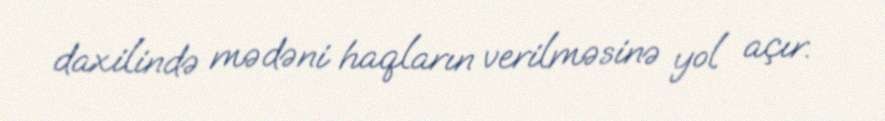
daxilində mədəni haqların verilməsinə yol açır.